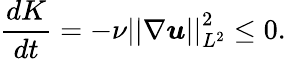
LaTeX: \frac{dK}{dt}=-\nu\left|\left|\nabla\boldsymbol{u}\right|\right|_{L^{2}}^{2}\leq 0.